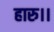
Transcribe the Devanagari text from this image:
हारु।।